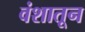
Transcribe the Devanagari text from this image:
वंशातून